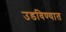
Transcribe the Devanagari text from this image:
उडविण्यात